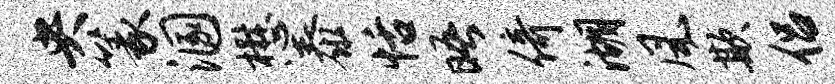
央篆溷懋泰恬晤倚湖风欺侣